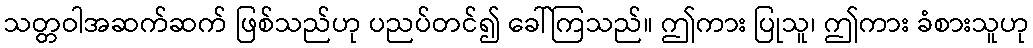
သတ္တဝါအဆက်ဆက် ဖြစ်သည်ဟု ပညပ်တင်၍ ခေါ်ကြသည်။ ဤကား ပြုသူ၊ ဤကား ခံစားသူဟု